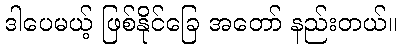
ဒါပေမယ့် ဖြစ်နိုင်ခြေ အတော် နည်းတယ်။